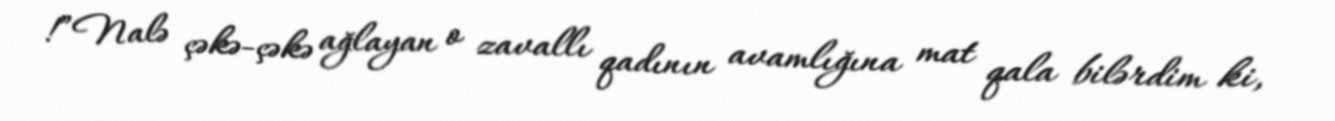
!”Nalə çəkə-çəkə ağlayan o zavallı qadının avamlığına mat qala bilərdim ki,